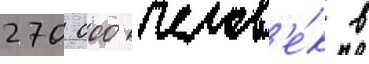
270 000 челов'е́к в